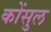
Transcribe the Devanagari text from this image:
कोंसुल